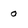
Character: o